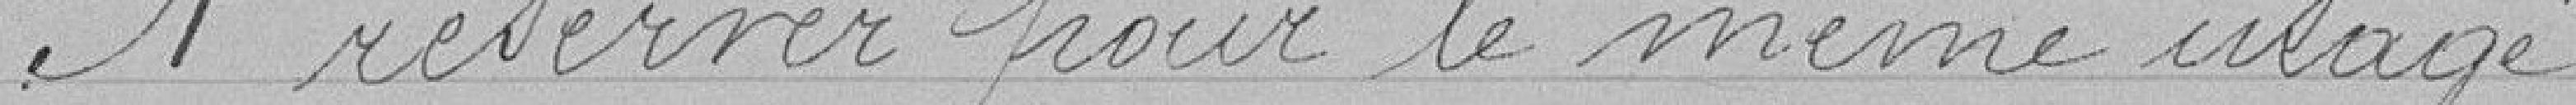
A réserver pour le même usage